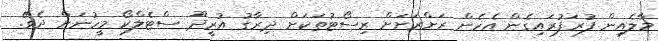
މާލެއިން ފުރަފުރައިގެން އެހެން ރަށްރަށަށް ރިސޯޓުތަކަށް ދިރާގު އުރީދޫ ސްޓެލްކޯ މީހުނަށް ދެވޭ.